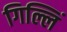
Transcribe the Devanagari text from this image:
गिल्लिं